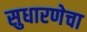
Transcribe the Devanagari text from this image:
सुधारणेचा